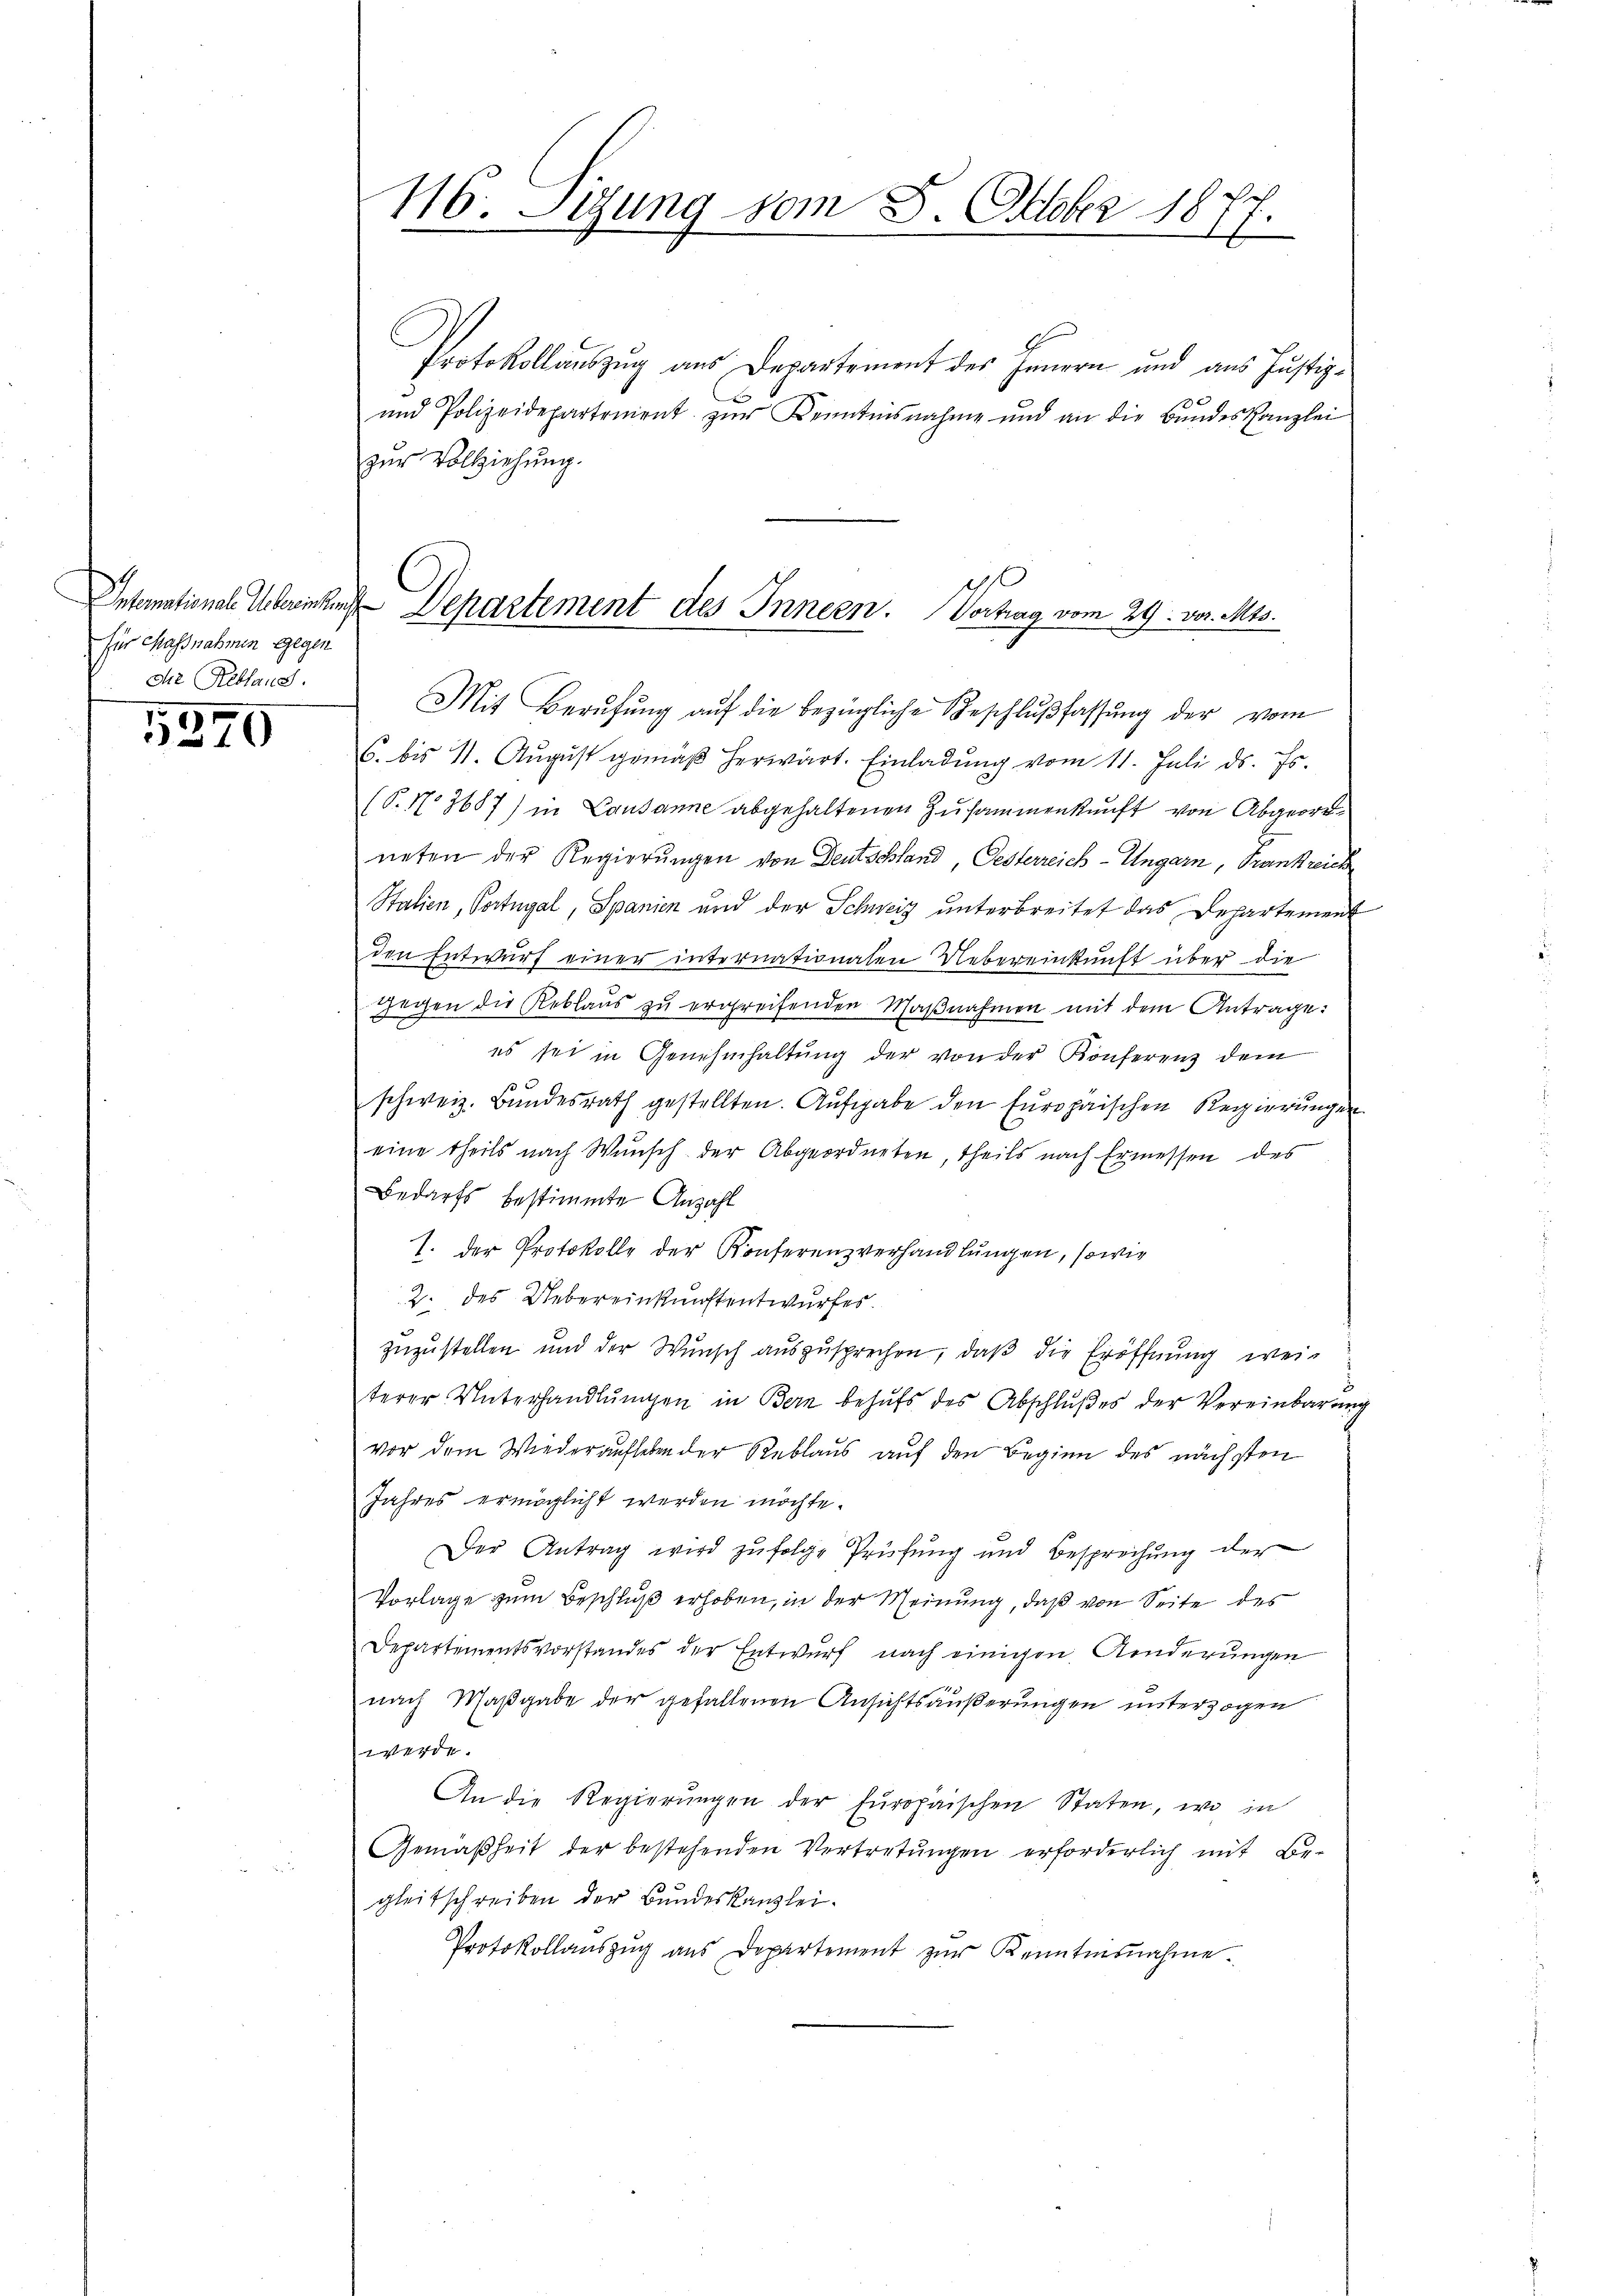
ntemationale Gebreichung
für Massnahmen gegen
die Rebland.

5370

116. Sitzung vom 8. Oktober 1877.

Protokollauszug aus Departement des Innern und aus Justiz-
und Polizeidepartement zur Kenntnisnahme und an die Bundeskanzlei
zur Vollziehung.
Mit Berŭfŭng aŭf die bezügliche Beschlŭβfassŭng der vom
6. bis 11. August gemäß herwart. Einladung vom 11. Juli d. Js.
(P. No 3687) in Lausanne abgehaltenen Zusammenkunft von Abgeordneten der Regierungen von Deutschland, Oesterreich-Ungarn, Frankreich
Stalien, Portugal, Spanien und der Schweiz unterbreitet das Departement
den Entwurf einer internationalen Uebereinkunft über die
Degen die Reblaŭs zŭ ergreifenden Maβnahmen mit dem Antrage:
es sei in Genehmhaltung der von der Konferenz dem
schweiz. Bundesrath gestellten. Aufgabe den Europaischen Regierungen
eine theils nach Wunsch der Abgeordneten, theils nach Ermessen des
Bedarfs bestimmte Anzahl
1. Der Protokolle der Konferenzverhandlungen, sowie
2. des Uebereinkunftentwurfes
zuzustellen und der Wunsch auszusprechen, daß die Eröffnung wei-
terer Unterhandlŭngen in Bern behŭfs des Abschlŭβes der Vereinbarung
vor dem Wiederaufleben der Reblaus auf den Beginn des nächsten
Jahres ermöglicht werden möchte.
Der Antrag wird zufolge Prüfung und Besprechung der
Vorlage zum Beschluß erhoben, in der Meinung, daß von Seite des
Departementsvorstandes der Entwurf nach einigen Kinderungen
nach Maßgabe der gefallenen Ansichtsäußerungen unterzogen
4
An die Regierŭngen der Europaischen Staten, wo in
Gemäßheit der bestehenden Vertretungen erforderlich mit Begleitschreiben der Bundeskanzlei.
Protokollaŭszŭg aŭs Departement zŭr Kenntnisnahme.

Departement des Innern. Vortrag vom 29. vor. Mts.